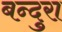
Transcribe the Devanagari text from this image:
बन्दुरा